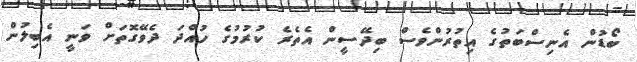
ބޯޑުން އެނިސްބަތުގެ އިތުރުންވެސް ބިދޭސީން އެތެރެ ކުރުމުގެ ހުއްދަ ދެވޭގޮތަށް ވަނީ އެބިލުން